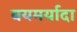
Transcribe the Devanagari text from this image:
वयमर्यादा